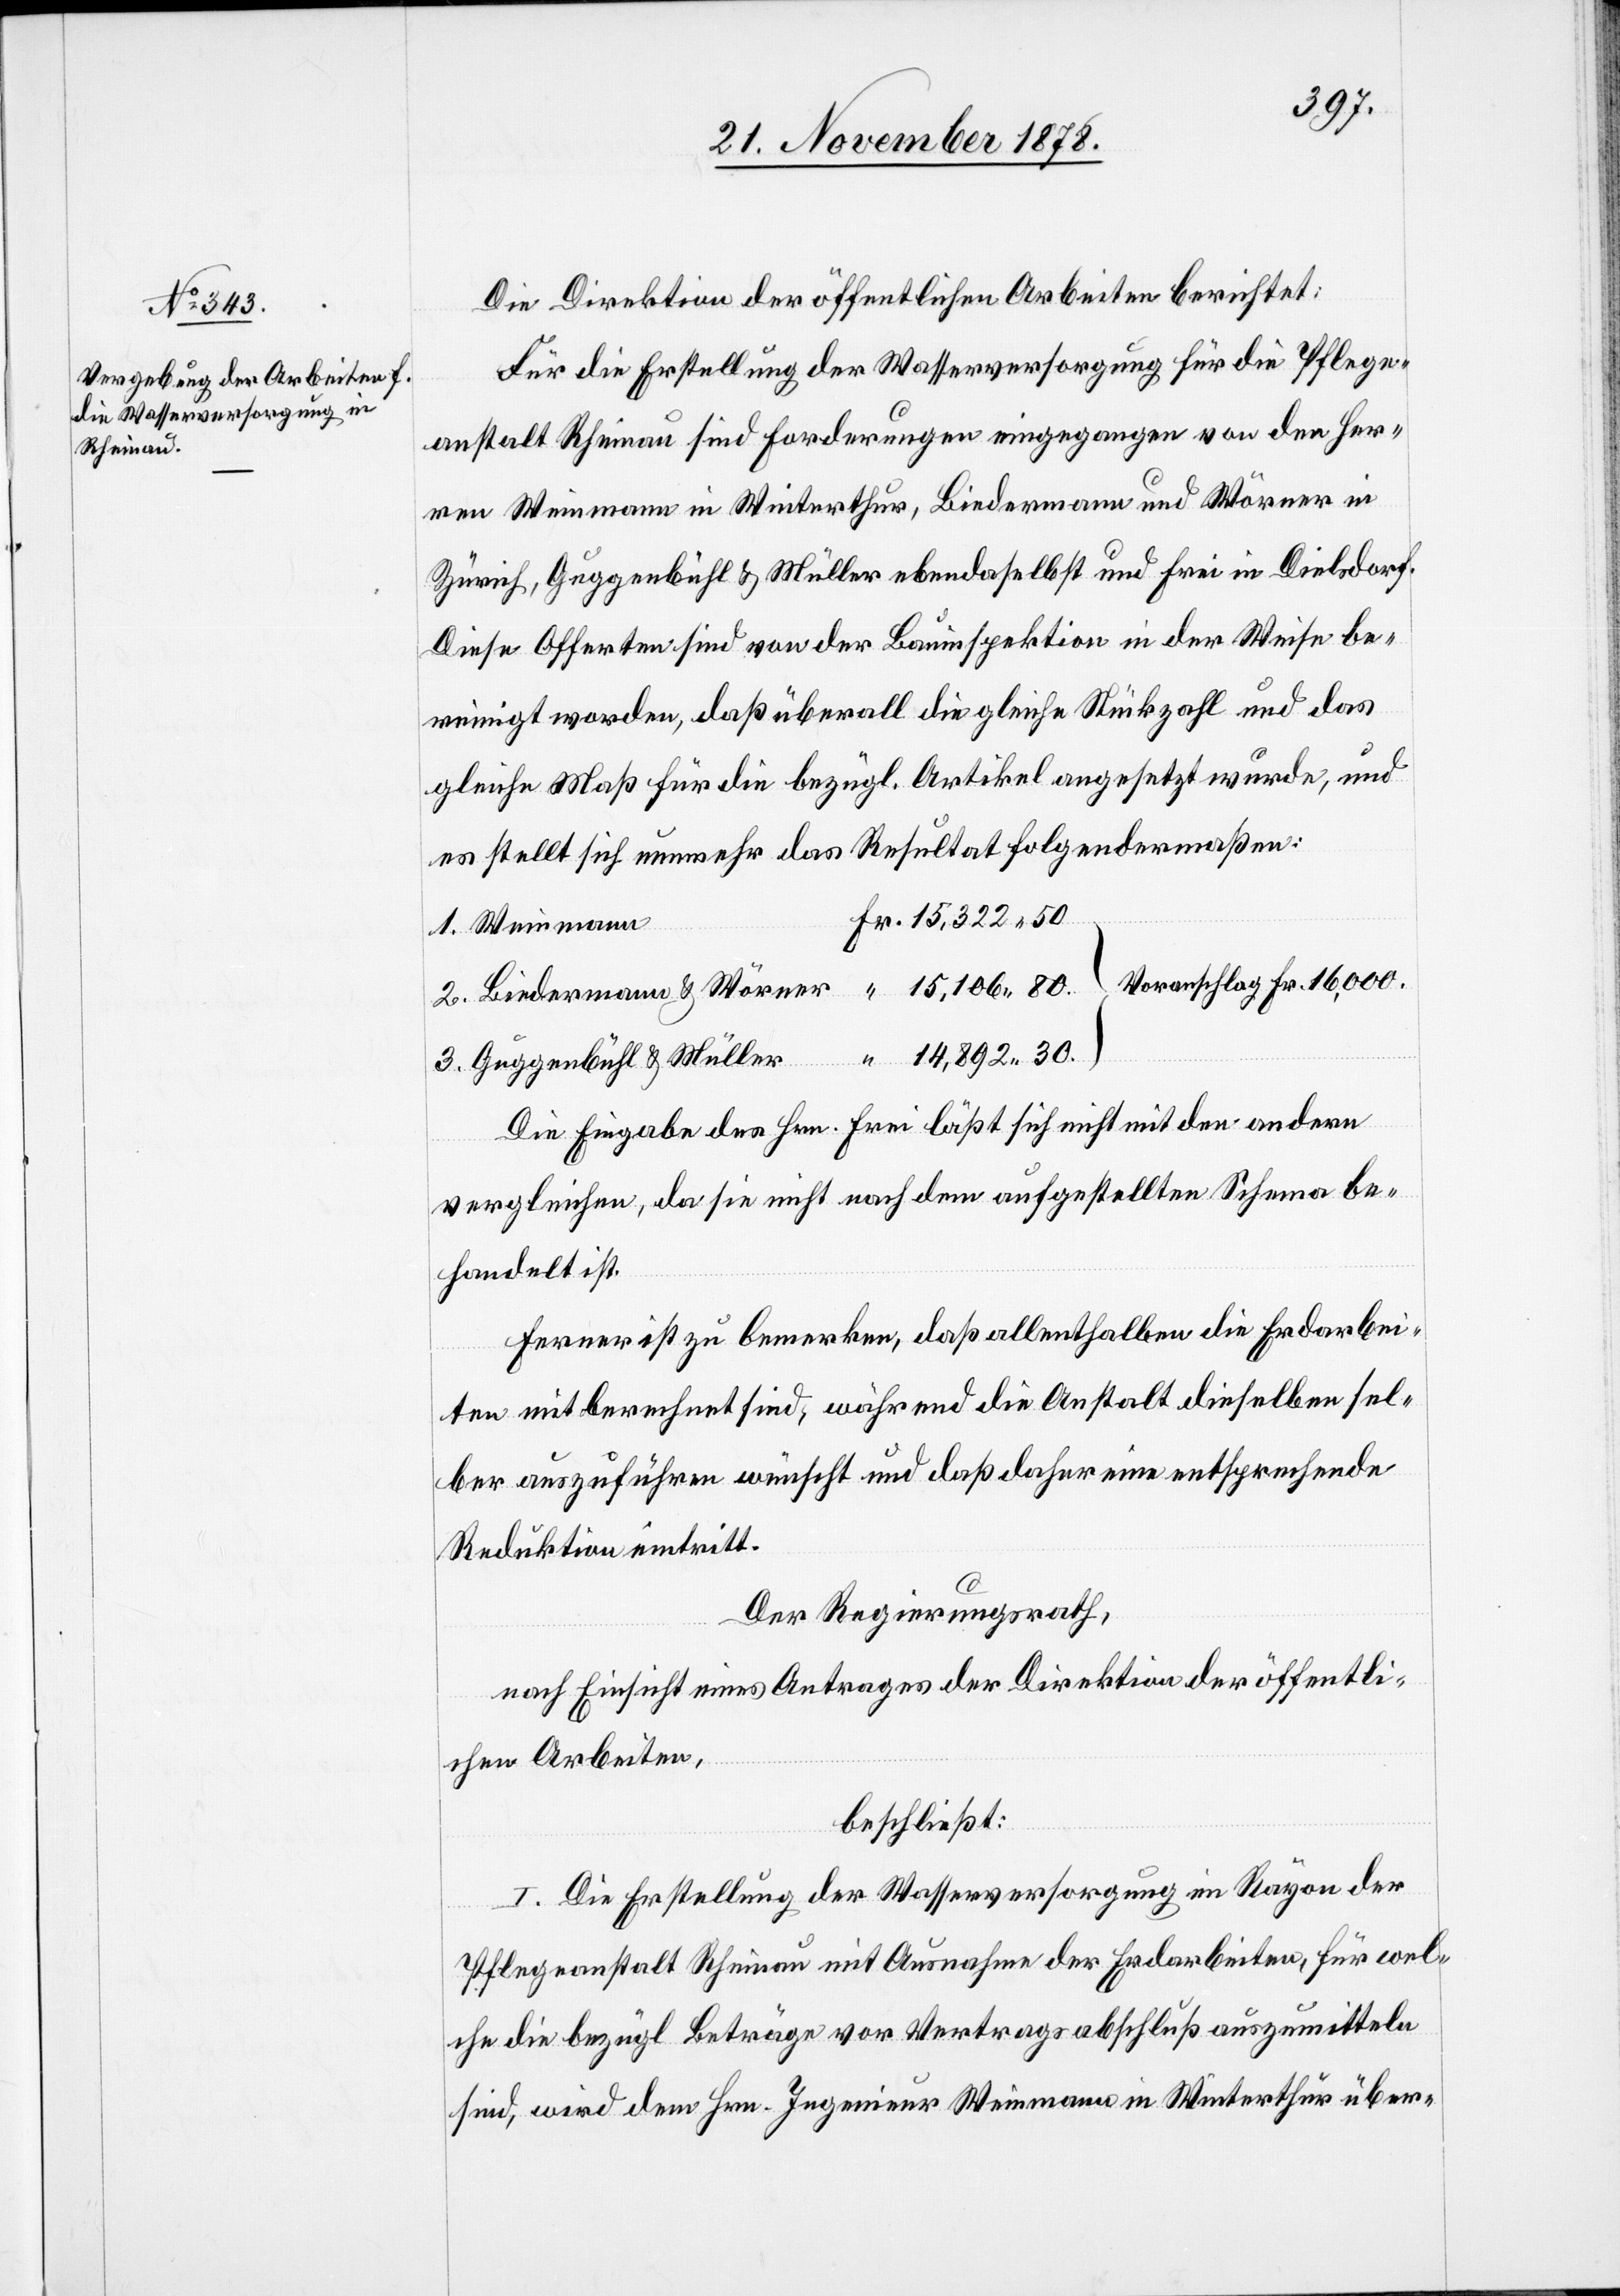
Die Direktion der öffentlichen Arbeiten berichtet:
Für die Erstellung der Wasserversorgung für die Pflege¬
anstalt Rheinau sind Forderungen eingegangen von den Her¬
ren Weinmann in Winterthur, Biedermann und Wörner in
Zürich, Guggenbühl & Müller ebendaselbst und Frei in Dielsdorf.
Diese Offerten sind von der Bauinspektion in der Weise be¬
reinigt worden, daß überall die gleiche Stückzahl und das
gleiche Maß für die bezügl. Artikel angesetzt wurde, und
es stellt sich nunmehr das Resultat folgendermaßen:
1. Weinmann
Voranschlag Fr. 16,000.
Wörner
3. Guggenbühl & Müller
Die Eingabe des Hrn. Frei läßt sich nicht mit den andern
2.
vergleichen, da sie nicht nach dem aufgestellten Schema be¬
handelt ist.
Ferner ist zu bemerken, daß allenthalben die Erdarbei¬
ten mit berechnet sind, während die Anstalt dieselben sel¬
ber auszuführen wünscht und daß daher eine entsprechende
Reduktion eintritt.
Der Regierungsrath,
nach Einsicht eines Antrages der Direktion der öffentli¬
chen Arbeiten,
beschließt:
I. Die Erstellung der Wasserversorgung im Rayon der
Pflegeanstalt Rheinau mit Ausnahme der Erdarbeiten, für wel¬
che die bezügl. Beträge vor Vertragsabschluß auszumitteln
sind, wird dem Hrn. Ingenieur Weinmann in Winterthur über-